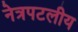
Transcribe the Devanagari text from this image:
नेत्रपटलीय